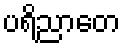
ပရိညာတေ